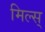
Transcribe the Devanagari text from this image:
मिल्स्